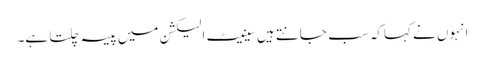
انہوں نے کہاکہ سب جانتے ہیں سینیٹ الیکشن میں پیسہ چلتا ہے۔